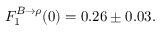
F _ { 1 } ^ { B \to \rho } ( 0 ) = 0 . 2 6 \pm 0 . 0 3 .